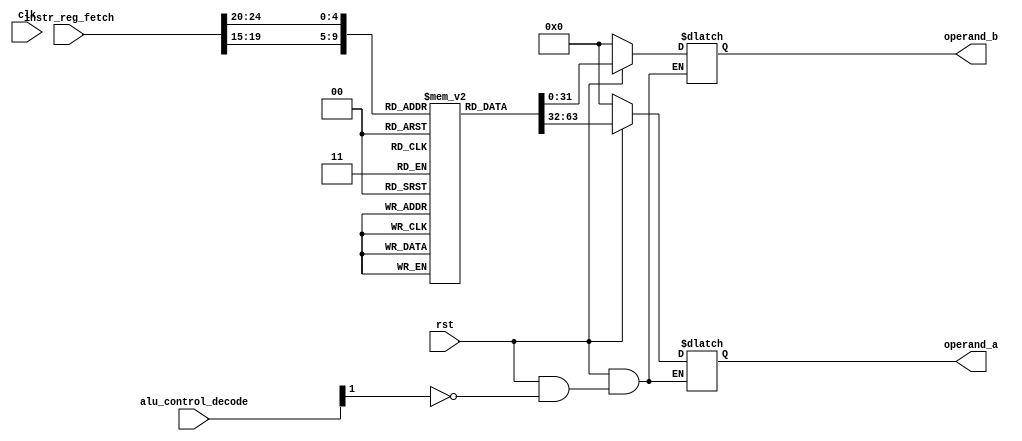
// This program was cloned from: https://github.com/chandana38/RISCVerse
// License: MIT License

`timescale 1ns / 1ps
module register_bank(
input clk,
input rst,
input [31:0] instr_reg_fetch,
input [31:0] alu_control_decode,
output reg [31:0] operand_a,
output reg [31:0] operand_b);

reg [31:0] reg_bnk [31:0];

always@(*)
begin
	if(!rst)
	begin
		operand_a = 32'h0;
		operand_b = 32'h0;
	end
	else
	begin
		if(alu_control_decode[1])
		begin
			operand_a = reg_bnk[instr_reg_fetch[19:15]];
			operand_b = reg_bnk[instr_reg_fetch[24:20]];
		end
		else
		begin
			operand_a = operand_a;
			operand_b = operand_b;
		end
	end
	end
endmodule